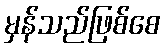
မှန်သည်ဖြစ်စေ